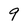
Character: 9